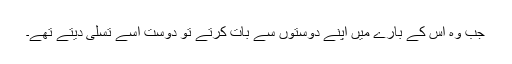
جب وہ اُس کے بارے میں اپنے دوستوں سے بات کرتے تو دوست اُسے تسلّی دیتے تھے۔